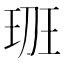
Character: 𤤻